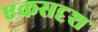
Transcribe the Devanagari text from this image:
एकसदृश